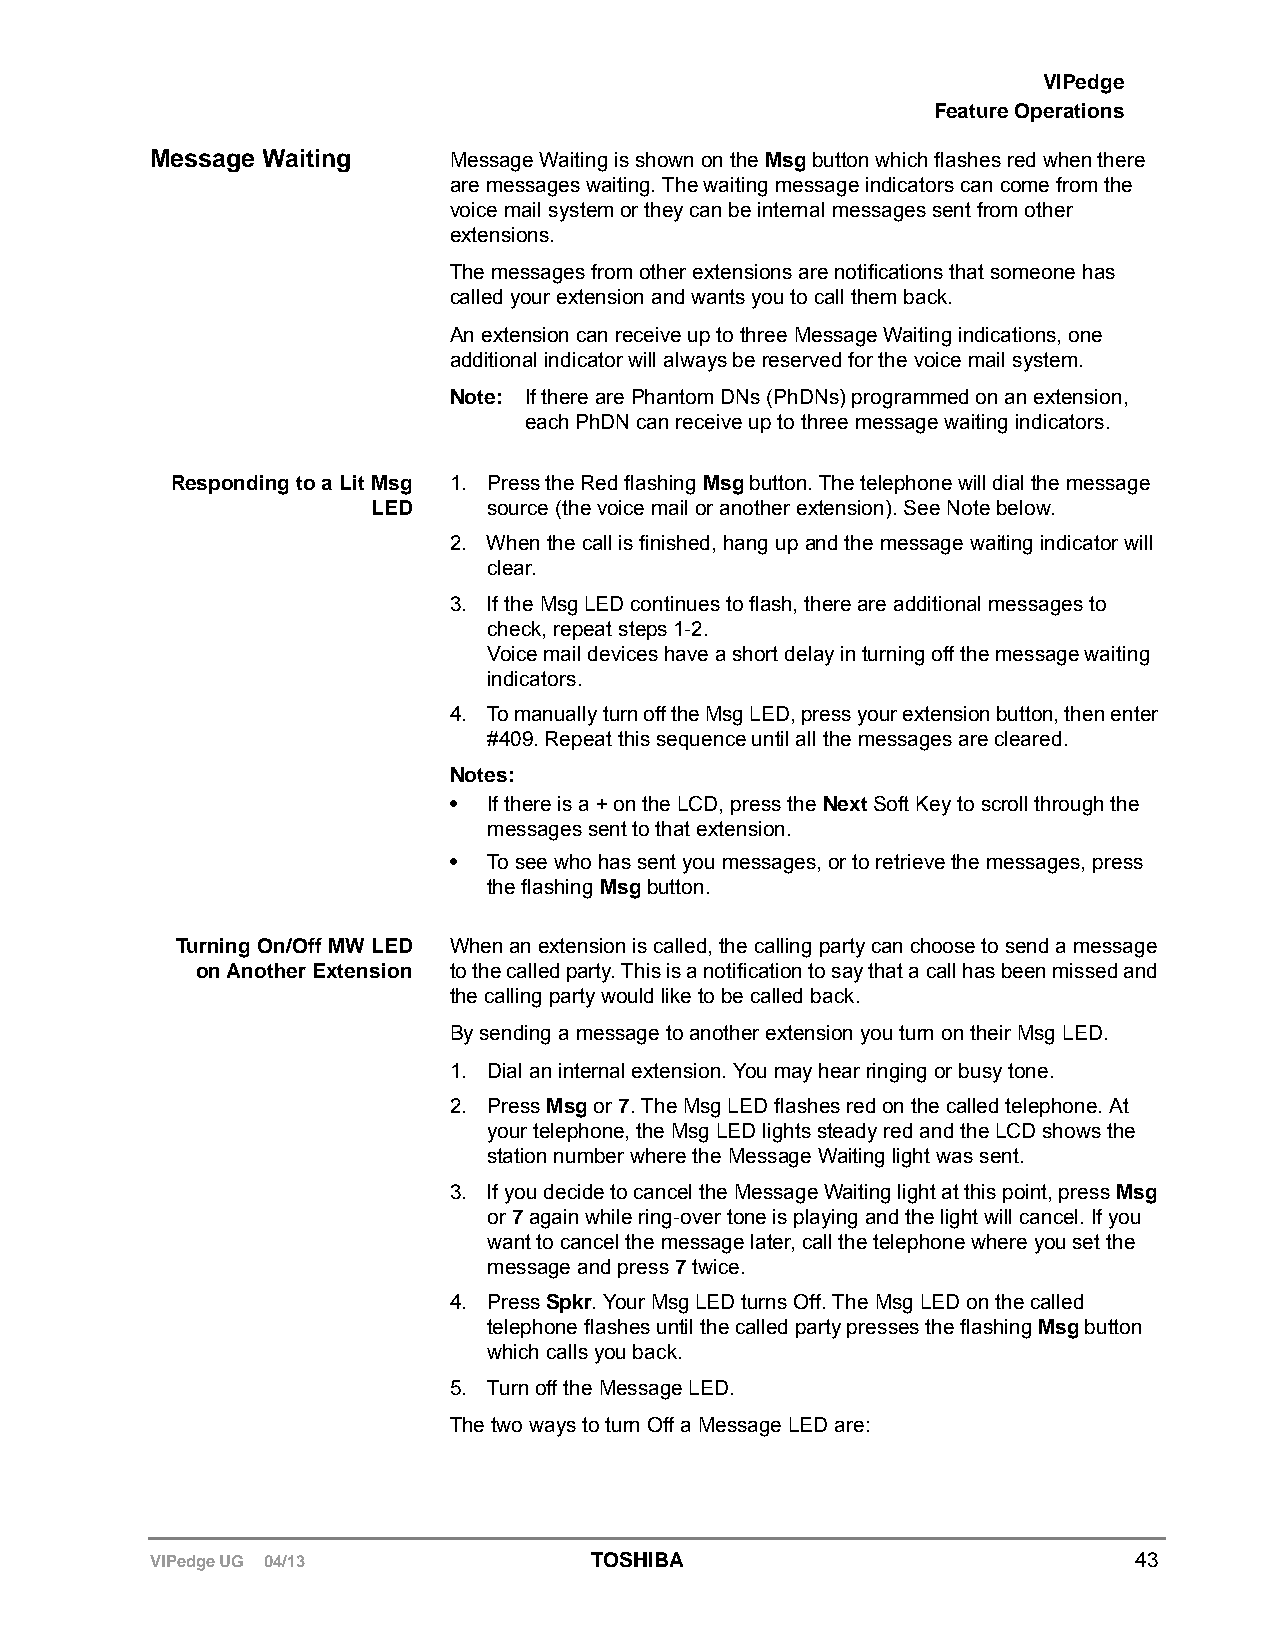
VIPedge
 Feature Operations
 Message Waiting     Message Waiting is shown on the Msg button which flashes red when there
 are messages waiting. The waiting message indicators can come from the
 voice mail system or they can be internal messages sent from other
 extensions.
 The messages from other extensions are notifications that someone has
 called your extension and wants you to call them back.
 An extension can receive up to three Message Waiting indications, one
 additional indicator will always be reserved for the voice mail system.
 Note: If there are Phantom DNs (PhDNs) programmed on an extension,
 each PhDN can receive up to three message waiting indicators.
 Responding to a Lit Msg 1. Press the Red flashing Msg button. The telephone will dial the message
 LED    source (the voice mail or another extension). See Note below.
 2. When the call is finished, hang up and the message waiting indicator will
 clear.
 3. If the Msg LED continues to flash, there are additional messages to
 check, repeat steps 1-2.
 Voice mail devices have a short delay in turning off the message waiting
 indicators.
 4. To manually turn off the Msg LED, press your extension button, then enter
 #409. Repeat this sequence until all the messages are cleared.
 Notes:
 • If there is a + on the LCD, press the Next Soft Key to scroll through the
 messages sent to that extension.
 • To see who has sent you messages, or to retrieve the messages, press
 the flashing Msg button.
 Turning On/Off MW LED When an extension is called, the calling party can choose to send a message
 on Another Extension to the called party. This is a notification to say that a call has been missed and
 the calling party would like to be called back.
 By sending a message to another extension you turn on their Msg LED.
 1. Dial an internal extension. You may hear ringing or busy tone.
 2. Press Msg or 7. The Msg LED flashes red on the called telephone. At
 your telephone, the Msg LED lights steady red and the LCD shows the
 station number where the Message Waiting light was sent.
 3. If you decide to cancel the Message Waiting light at this point, press Msg
 or 7 again while ring-over tone is playing and the light will cancel. If you
 want to cancel the message later, call the telephone where you set the
 message and press 7 twice.
 4. Press Spkr. Your Msg LED turns Off. The Msg LED on the called
 telephone flashes until the called party presses the flashing Msg button
 which calls you back.
 5. Turn off the Message LED.
 The two ways to turn Off a Message LED are:
 VIPedge UG 04/13             TOSHIBA                             43